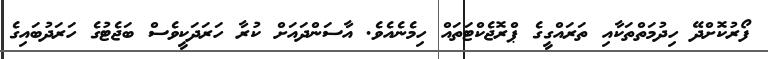
ފޯރުކޮށްދޭ ހިދުމަތްތަކާއި ތަރައްގީގެ ޕްރޮޖެކްޓަތައް ހިމެނެއެވެ. އާސަންދައަށް ކުރާ ހަރަދަކީވެސް ބަޖެޓުގެ ހަރަދުބައިގެ